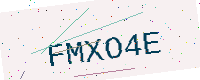
Text: FMXO4E